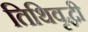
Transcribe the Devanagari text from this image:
तिथिवृद्धी